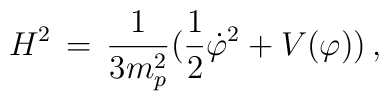
H^2 \, = \, {1 \over {3 m_p^2}} \bigl( {1 \over 2} {\dot{\varphi}}^2 + V(\varphi) \bigr) \, ,